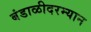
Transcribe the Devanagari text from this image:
बंडाळीदरम्यान